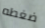
ضغطه